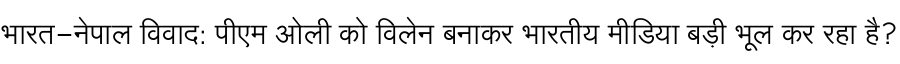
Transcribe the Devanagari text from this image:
भारत-नेपाल विवाद: पीएम ओली को विलेन बनाकर भारतीय मीडिया बड़ी भूल कर रहा है?